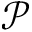
{ \mathcal P }